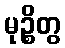
မုဉ္စိတွ